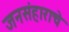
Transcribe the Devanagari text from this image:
जनसंहाराचे